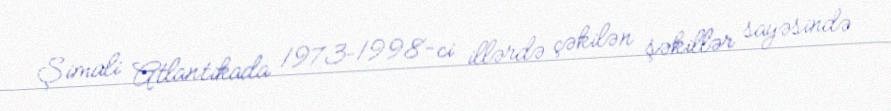
Şimali Atlantikada 1973–1998-ci illərdə çəkilən şəkillər sayəsində